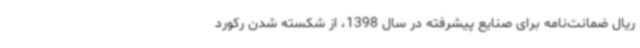
ریال ضمانت‌نامه برای صنایع پیشرفته در سال 1398، از شکسته شدن رکورد